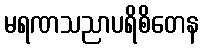
မရဏသညာပရိစိတေန